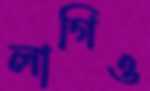
লাগিও